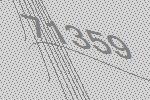
71359